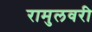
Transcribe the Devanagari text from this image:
रामुलवरी